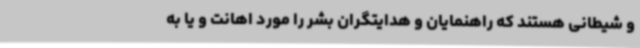
و شیطانی هستند که راهنمایان و هدایتگران بشر را مورد اهانت و یا به